Bréfritari: Einar Andrésson
Viðtakandi: Jón Borgfirðings Jónsson
Dagsetning: A-1857-10-03
Skrifað á: Bólu  Skag.

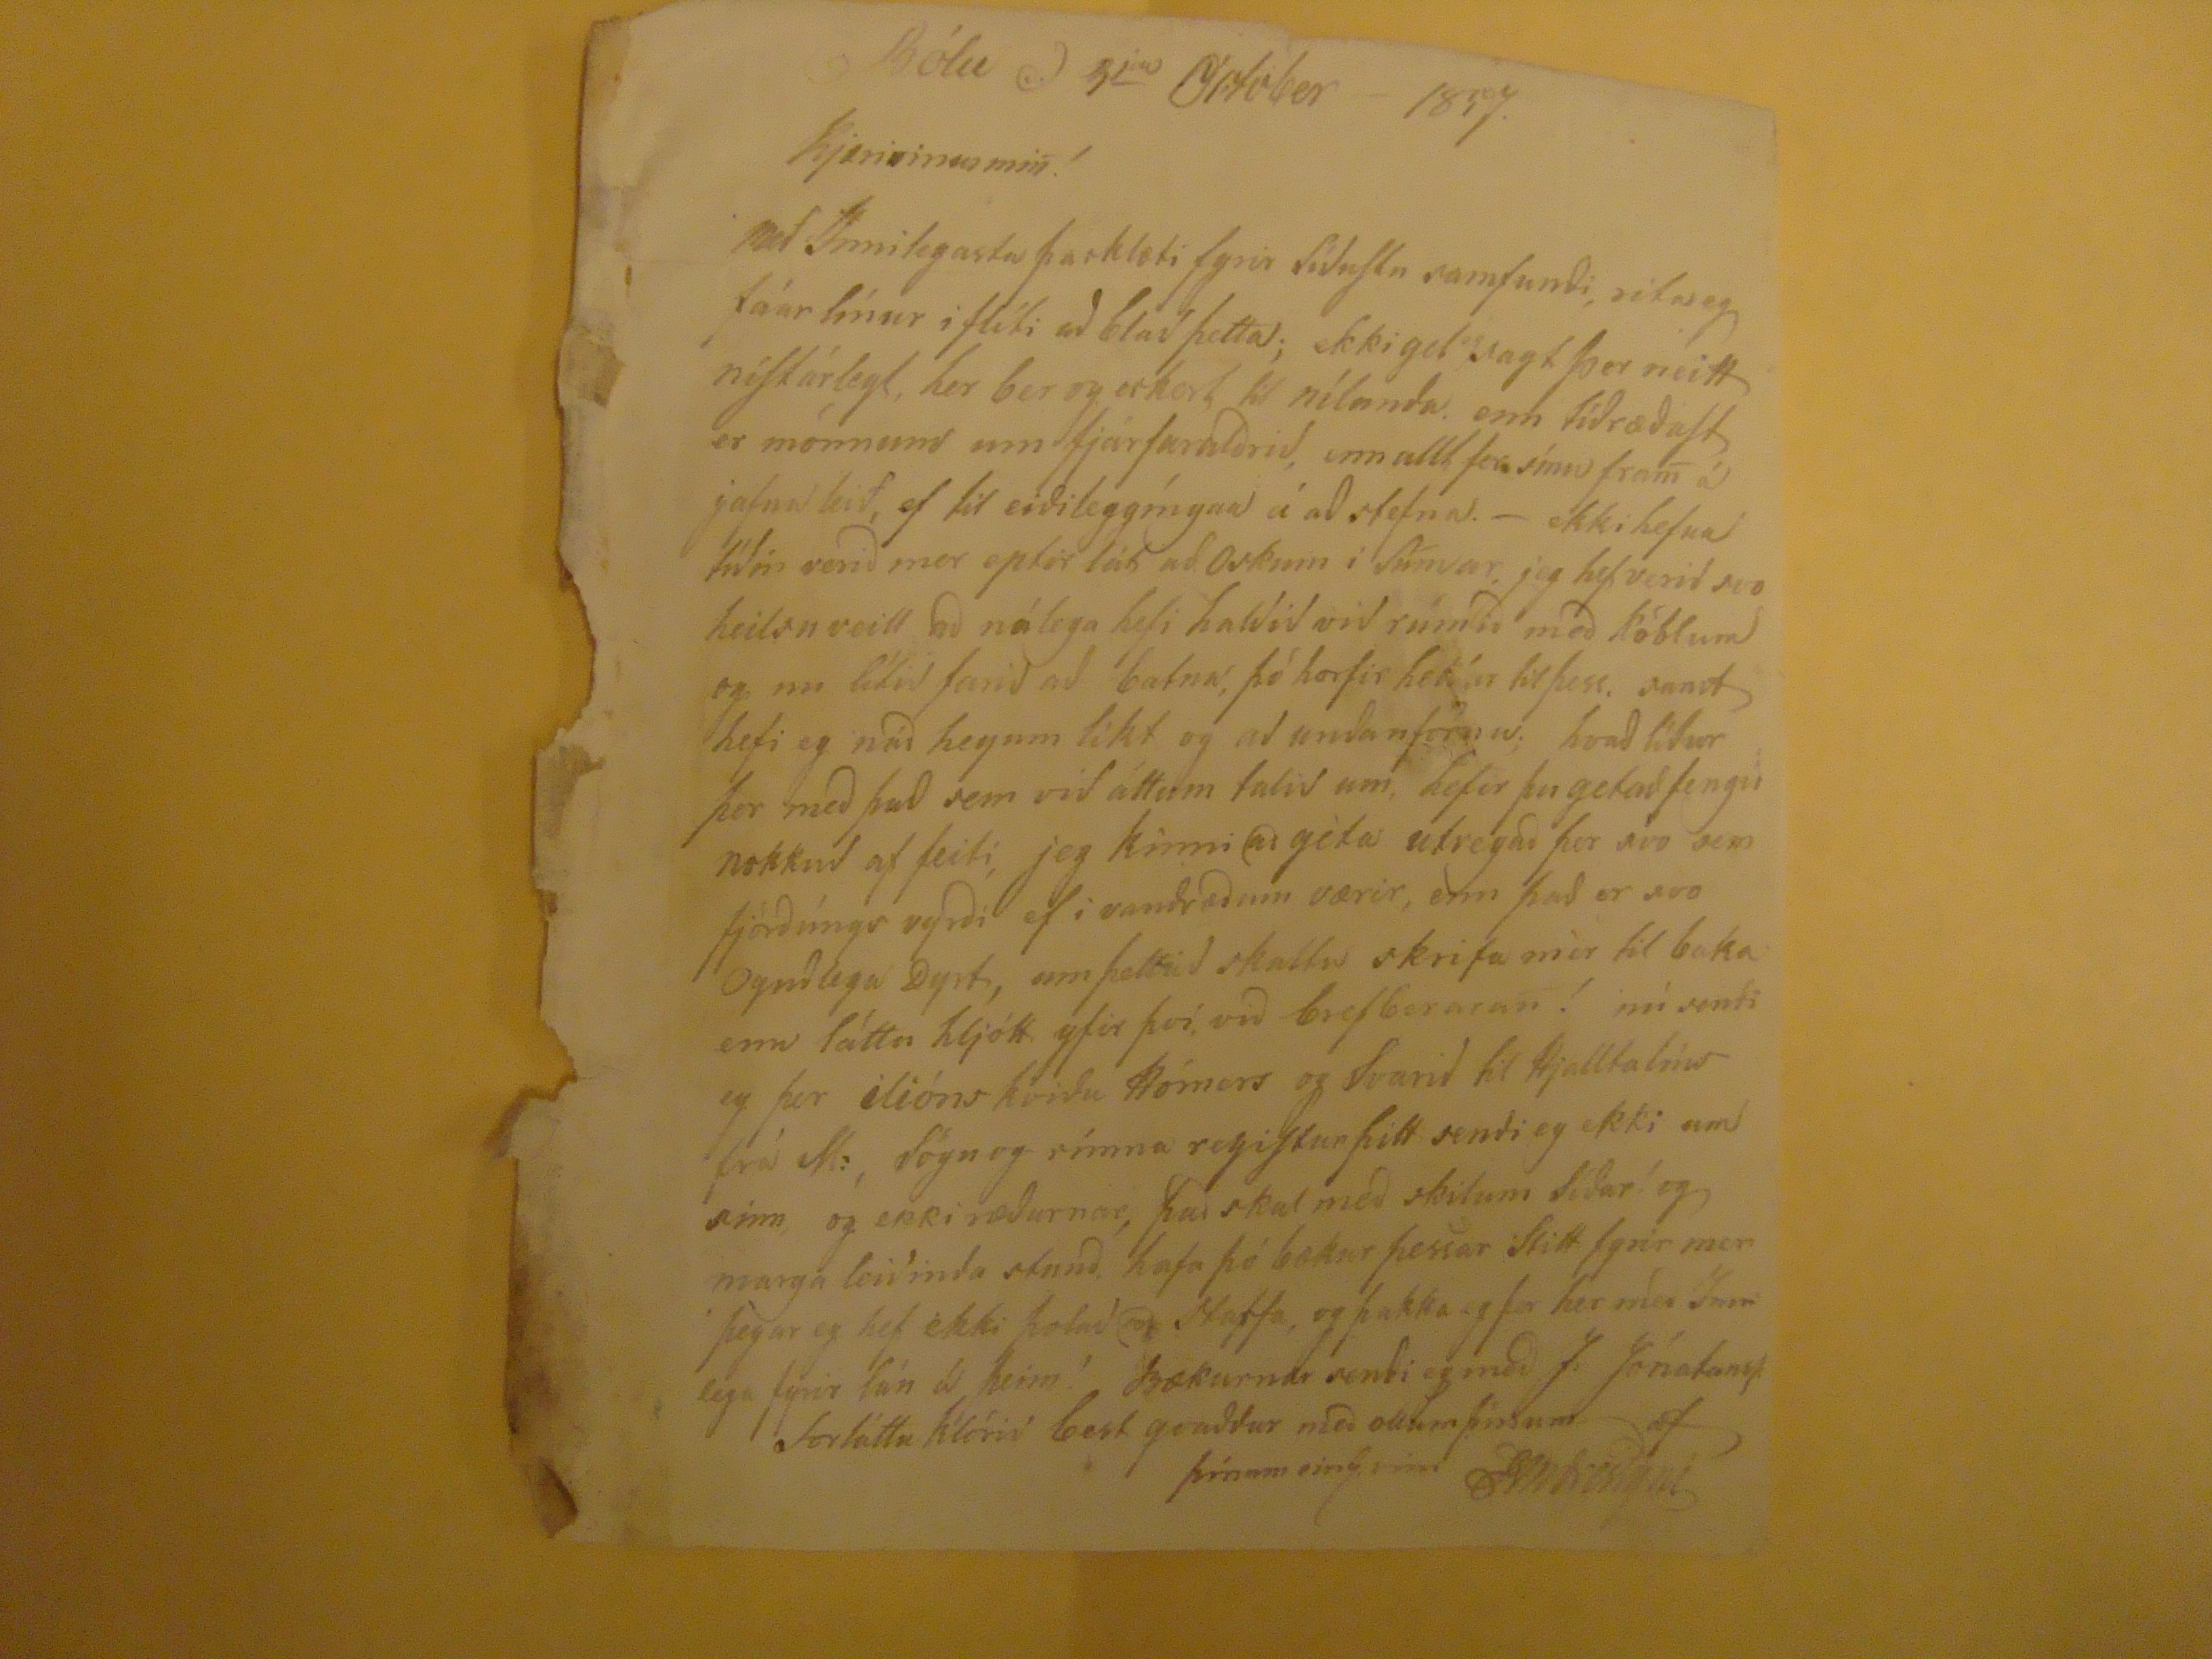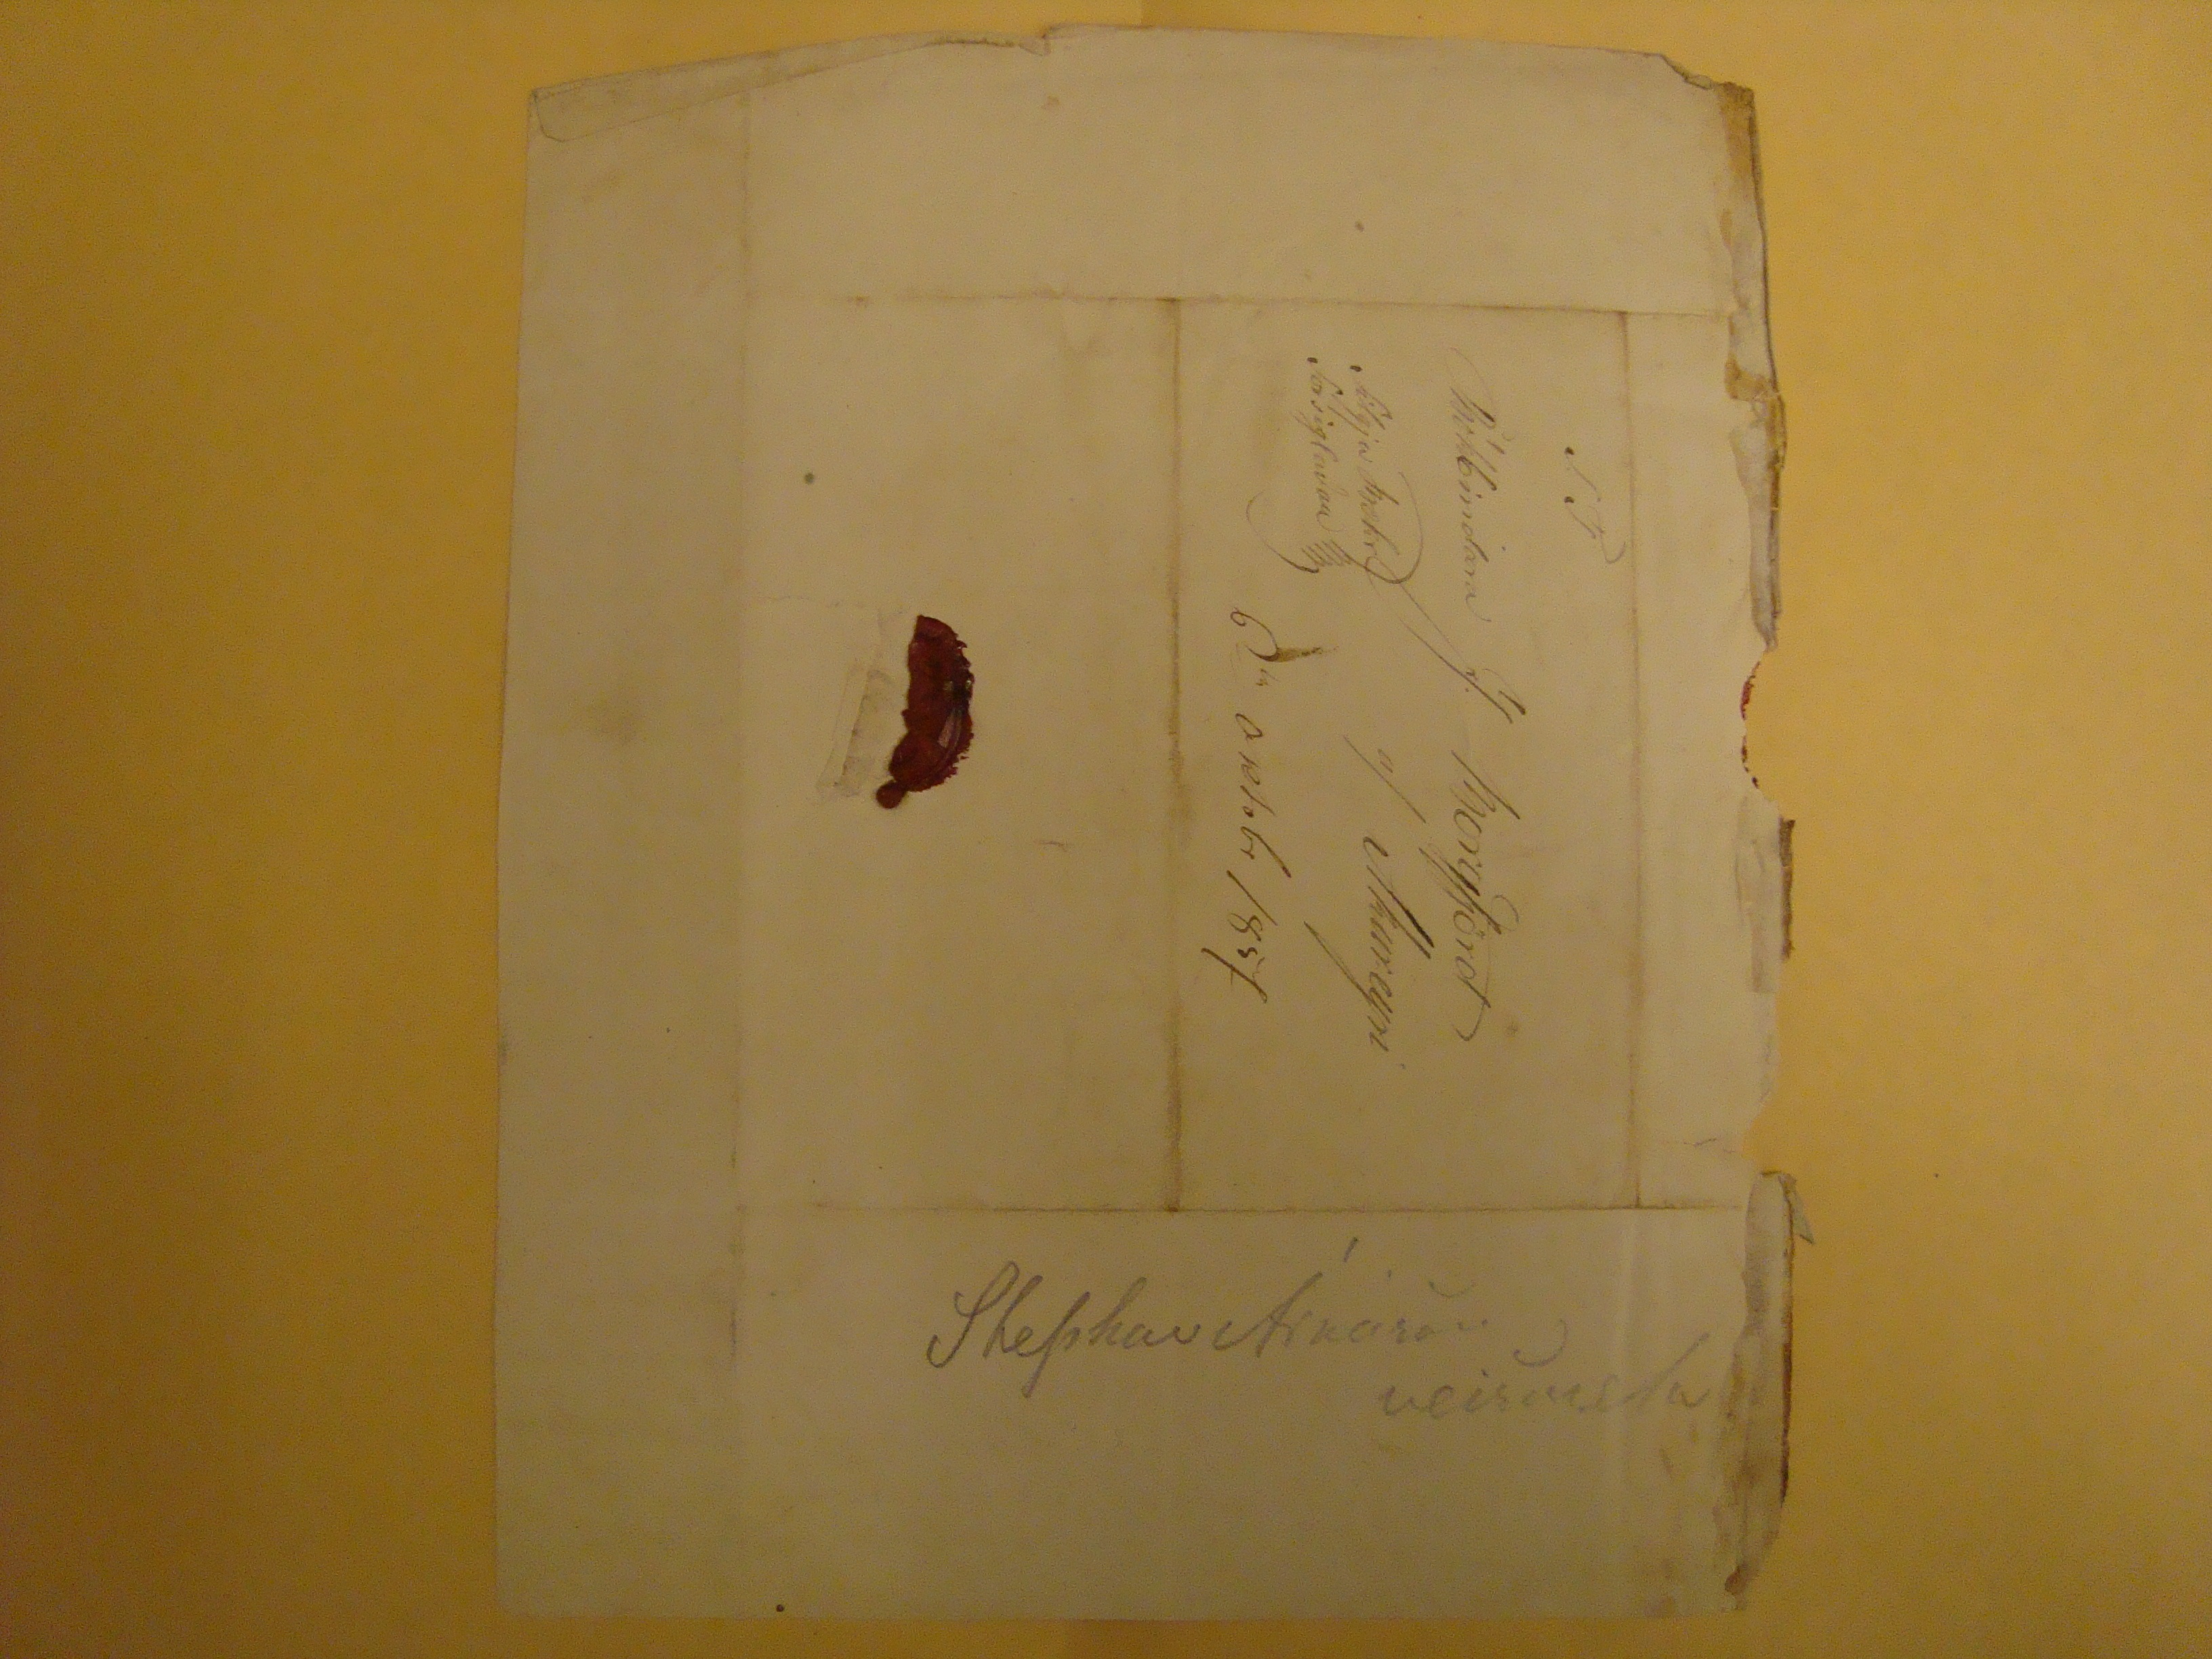

Bólu d. 3
ja
Oktober - 1857
kjærivinurmi
n
!
Með Innilegasta þacklæti fyrir Síðustu samfundi, rita eg fáar línur i flíti að blað þetta; ekki get
eg
sagt þer neitt nístárlegt, her ber eckert til nílunda. enn Tíðræðast er mönnum um fjárfaraldrið enn allt fer sínu fra
m
á jafna leið, ef til eiðileggíngar á að stefna.- ekki hefur tíðin verið mer eptir lát að Oskum i Sumar, jeg hef verið svo heilsu veill ða nálega hefi haldið við rúmið með köblum og nu lítið farið að batna
;
þó horfir heldur til þess.
samt
hefi eg náð heyum líkt og að undanförnu; hvað líður þer með það sem við áttum talið um, hefur þu getað fengið nokkuð af feiti, jeg kinni að géta utvegað þer svo sem fjórðúngs vyrði ef i vandræðum værir, enn það er svo
Ogndlega Dyrt
, um þettað skaltu skrifa mér til baka enn láttu hljótt yfir því, við brefberan! nú sendi eg þer
i
lións kviðu Hómers og Svarið til Hjalltalíns frá
M:
, Sögu og rímna registur þitt sendi eg ekki um sinn, og ekki ræðurnar, það skal með skilum síðar! g marga leiðinda stund, hafa þó bækur þessar Stitt fyrir mer þegar eg hef ekki þolað að starfa, og þakka eg þer her með Innilega fyrir lán á þeim! Bækurnar sendi eg með J. Jónatanss
Forláttu klórið best qvaddur með ollum þínum af þínum einl.vin EAndressyni
S.T
Bókbindara J. Borgfjörð
a/ Akyreyri
filgja Bækr forsiglaðar
6
ta
oktobr 1857
Stephan Arkason veismsla